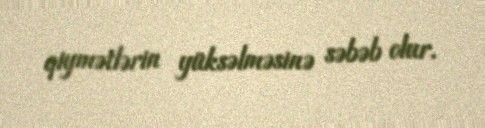
qiymətlərin yüksəlməsinə səbəb olur.